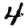
Digit: 4